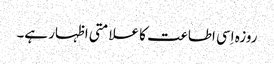
روزہ اِسی اطاعت کا علامتی اظہار ہے۔